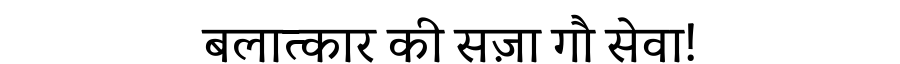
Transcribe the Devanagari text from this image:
बलात्कार की सज़ा गौ सेवा!